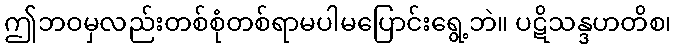
ဤဘဝမှလည်းတစ်စုံတစ်ရာမပါမပြောင်းရွေ့ဘဲ။ ပဋိသန္ဒဟတိစ၊